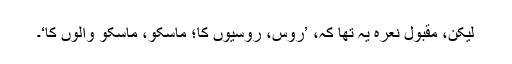
لیکن، مقبول نعرہ یہ تھا کہ، ’روس، روسیوں کا؛ ماسکو، ماسکو والوں کا‘۔